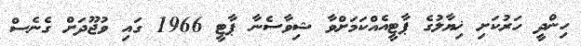
ހިންދީ ހަރުކަށި ޚިޔާލުގެ ޕާޓީއެއްކަމަށްވާ ޝިވާސެނާ ޕާޓީ 1966 ގައި ވުޖޫދަށް ގެނެސް